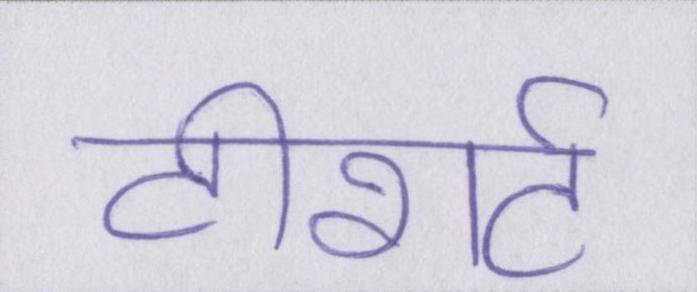
टीशर्ट